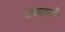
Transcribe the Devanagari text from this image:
छाटने